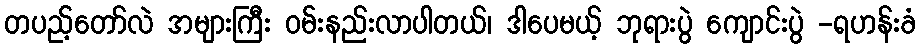
တပည့်တော်လဲ အများကြီး ဝမ်းနည်းလာပါတယ်၊ ဒါပေမယ့် ဘုရားပွဲ ကျောင်းပွဲ -ရဟန်းခံ